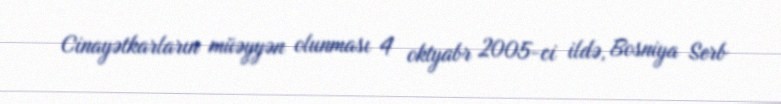
Cinayətkarların müəyyən olunması 4 oktyabr 2005-ci ildə, Bosniya Serb